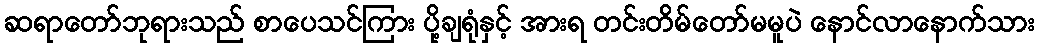
ဆရာတော်ဘုရားသည် စာပေသင်ကြား ပို့ချရုံနှင့် အားရ တင်းတိမ်တော်မမူပဲ နောင်လာနောက်သား